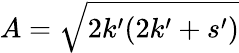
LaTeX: A=\sqrt{2k^{\prime}(2k^{\prime}+s^{\prime})}